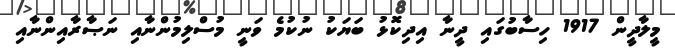
މީލާދީން 1917 ހިސާބުގައި ދީނާ އިދިކޮޅު ބަޔަކު ނުކުމެ ވަނީ މުސްލިމުންނާއި ނަޞާރާއިންނާއި